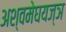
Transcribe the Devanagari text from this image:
अश्वमेघयज्ञ